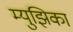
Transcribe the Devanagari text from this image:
म्युझिका